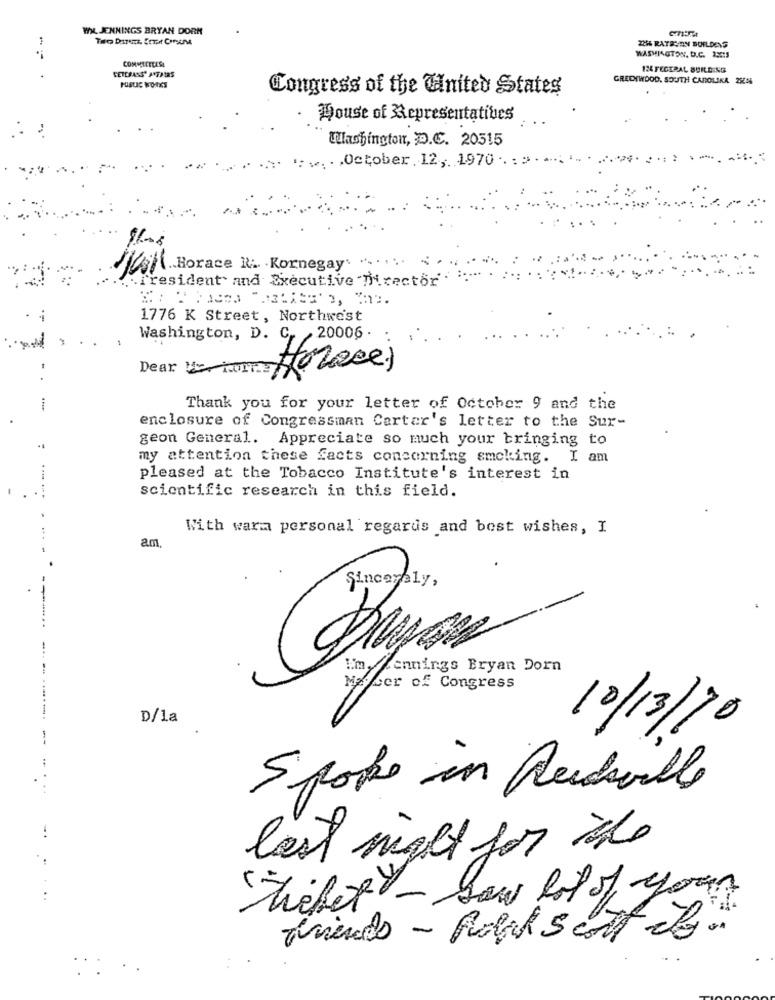
WIL JENNINGS BRYAN DORM
2286 RATACON BOFLDENS
COMMECEEESE
WASHINGTON, D.C. 2.25:3
VETERANS AFFAIRS
124 FECEPAL BUILDING
GREDEWOOD, SOUTH CAROLINA 28A
Congress of the United States
House of Stepresentatibes
Washington, D.C. 20515
:: .. . . October. 12, 1970 .. : :
(si( .. Horace R .. . Kornegay' ". . . ..
. President and Executive Director .
1776 K Street, Northwest
Washington, D. C. , 20006.
Dear . iain
Horace)
Thank you for your letter of October 9 and the
enclosure of Congressman Carter's letter to the Sur-
geon General. Appreciate so much your bringing to
my attention these facts concerning smoking. I am
pleased at the Tobacco Institute's interest in
scientific research in this field.
With war personal regards and best wishes, I
am
Sincerely,
-
Lennings Bryan Dorn
Masser of Congress
D/la
10/13/10
Spoke in Auteville
last night for the
thebet - saw lot of your
friends - Folk 5 cott do.